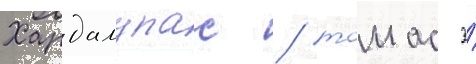
Хардалупас / томас э́